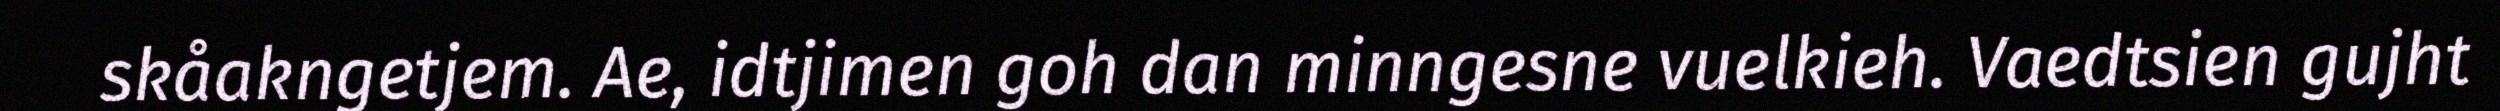
skåakngetjem. Ae, idtjimen goh dan minngesne vuelkieh. Vaedtsien gujht